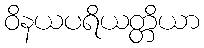
ဝိနယပရိယတ္တိယာ